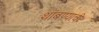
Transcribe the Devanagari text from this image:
थांबण्याची